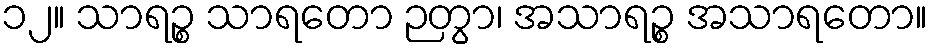
၁၂။ သာရဉ္စ သာရတော ဉတွာ၊ အသာရဉ္စ အသာရတော။